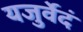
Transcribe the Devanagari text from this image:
यजुर्वेदं